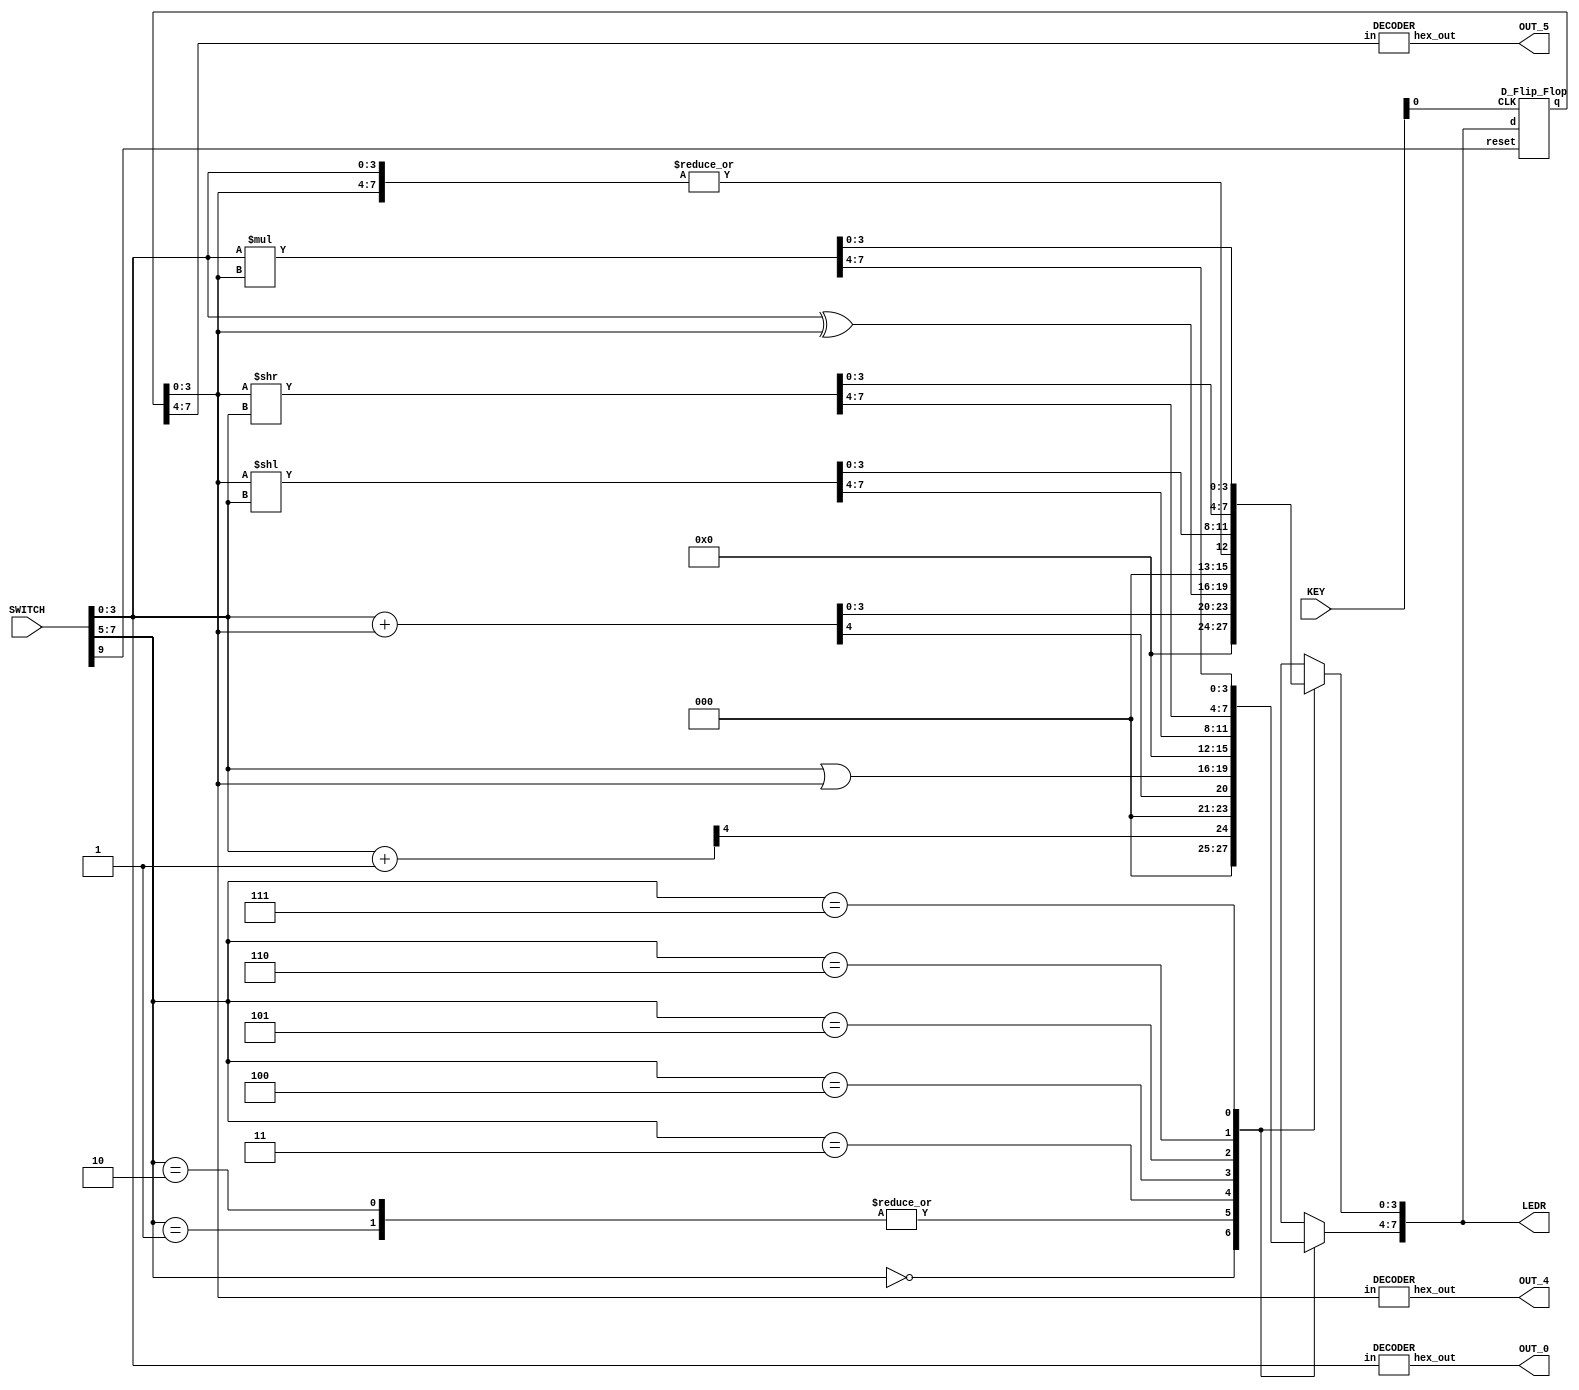
// DISCLAIMER: A lot of the code is taken from ALU.v 

module ALU_REG(SWITCH, KEY, LEDR, OUT_0, OUT_4, OUT_5);
	input [9:0] SWITCH;
	input [3:0] KEY;
	
	output [7:0] LEDR;
	output [6:0] OUT_0; // NOTE TO YOURSELF : Displays A
	output [6:0] OUT_4;
	output [6:0] OUT_5;
	
	wire [4:0] cable1; // The size is bigger (ie. 5 BITS) because it may or may not have to carry the carry-over bit (Just a precaution)
	wire [4:0] cable2;
	wire [4:0] cable3;
	wire [7:0] out_of_ALU; // Stores the output of the ALU
	wire [7:0] out_of_REG; // Stores the Register output
	
	reg [7:0] out;
	reg [3:0] a, b; //Temporary output variables, 4 bits each, will combine to make 8 bit output
	reg [7:0] out_0, out_1, out_5, out_6, out_7; 
	
	assign LEDR[7:0] = out_of_ALU[7:0]; // Initializing the two above and assigning them here

	// Case 0 : Do A + 1
	Adder4 A4_1(
		.X(SWITCH[7:4]), .Y(4'b0001), .out(cable1)); // Input from X and 1 are combined and sent through cable1
	
	// Case 1 : Do A + B
	Adder4 A4_2(
		.X(SWITCH[7:4]), .Y(SWITCH[3:0]), .out(cable2)); // Input from X and Y are added and sent through cable2
	
	// Case 2 : Do A + B using Verilog + Operator. Creating another Module for this. BRB.
	VerilogPlus caseone(
		.x(SWITCH[7:4]), .y(SWITCH[3:0]), .sum(cable3)); // Similar to Case 1. Input from X and Y is taken and added and sent through cable3
	
	always @(*)
	begin
		case (SWITCH[7:5])
	// NOTE: This weird method is done because the instructions state an 8 BIT Output
			3'b000: 
			begin // Case 0: Performs A+1. 
				out_0 = SWITCH[3:0] + 4'b0001;
				// Stores the output in a. Allocating 0 to b because this takes only 1 value
				a = out_0[7:4];
				b = 4'b0000;
			end			
			3'b001:
			begin // Case 1: Performs A + B 
				out_1 = SWITCH[3:0] + out_of_REG[3:0];
				a = out_1[7:4];
				b = out_1[3:0];
			end		
			3'b010: 
			begin // Case 2: Performs A+B using + in Verilog
				out_1 = SWITCH[3:0] + out_of_REG[3:0];
				a = out_1[7:4];
				b = out_1[3:0];
			end	
			3'b011: 
			begin // Case 3: A XOR B in the lower 4 bits | A OR B in the upper four bits
				b = SWITCH[3:0] ^ out_of_REG[3:0];
				a = SWITCH[3:0] | out_of_REG[3:0];
			end	
			3'b100: 
			begin //Case 4: Output is the input
				a = 4'b0000;
				b = {3'b000,| {SWITCH[3:0], out_of_REG[3:0]}};
			end	
			3'b101: 
			begin //Case 5 : Left Shift b by a bits
				out_5 = out_of_REG[3:0] << SWITCH[3:0];
				a = out_5[7:4];
				b = out_5[3:0];			
			end		
			3'b110: 
			begin //Case 6 : Right Shift B by A bits
				out_6 = (out_of_REG[3:0] >> SWITCH[3:0]);
				a = out_6[7:4];
				b = out_6[3:0];
			end		
			3'b111: 
			begin //Case 7 : Multlplier using * operator
				out_7[7:0] = (SWITCH[3:0] * out_of_REG[3:0]);
				a = out_7[7:4];
				b = out_7[3:0];
			end
			default: 
			begin
				a = 4'b0000; 
				b = 4'b0000;
			end
		endcase
	end
	
	// Combining the a and b outputs in a single 8Bit output
	assign out_of_ALU[7:0] = {a[3:0], b[3:0]};
	// Create a register object. This a new Addition to this code
	D_Flip_Flop d0(.d(out_of_ALU[7:0]), .CLK(KEY[0]), .reset(SWITCH[9]), .q(out_of_REG[7:0]));
	
	// Defining Seven HEX decoder here. BRB creating the module.
	// Code below performs the calculations and displays A and B and Outputs.
	DECODER one(
			.in(SWITCH[3:0]), .hex_out(OUT_0[6:0]));

	DECODER five(
			.in(out_of_REG[3:0]), .hex_out(OUT_4[6:0]));
		
	DECODER six(
			.in(out_of_REG[7:4]), .hex_out(OUT_5[6:0]));	
			
endmodule

// Flip Flock Module that emulates a D Flip Flop Regsiter
module D_Flip_Flop(d, CLK, reset, q);
	input [7:0] d;
	input CLK;
	input reset;
	
	output [7:0] q;
	
	reg [7:0] q;
	
	always @(posedge CLK)
	begin
		if (reset == 1'b0)
			q <= 8'd0;
		else
			q <= d;
	end
endmodule

// Module Same as Part II
module fullAdder4(x, y, c_in, sum, c_out);
	input x, y, c_in;
	output c_out, sum;
	
	assign sum = x ^ y ^ c_in;
	assign c_out = (x & y) | (c_in & (x^y));

endmodule

// Module Same as Part II
module Adder4(X, Y, out);
	input [3:0] X;
	input [3:0] Y;
	output [4:0]out;
	
	wire [2:0] wre;

	fullAdder4 Adder_1(
		.x(X[0]), .y(Y[0]), .c_in(1'b0), .sum(out[0]),.c_out(wre[0])
	);

	fullAdder4 Adder_2(
		.x(X[1]), .y(Y[1]), .c_in(wre[0]), .sum(out[1]), .c_out(wre[1])
	);

	fullAdder4 FA3(
		.x(X[2]), .y(Y[2]), .c_in(wre[1]), .sum(out[2]), .c_out(wre[2])
	);

	fullAdder4 FA4(
		.x(X[3]), .y(Y[3]), .c_in(wre[2]), .sum(out[3]), .c_out(out[4])
	);
endmodule

// Verilog Module for Case 2
module VerilogPlus(x, y, sum);

		// Standard Inputs of 4 BITS
		input [3:0] x;
		input [3:0] y;
		
		// Standard Output of 4 BITS
		output [4:0] sum;
		
		assign sum[4:0] = x + y; // Where the magic happens

endmodule

// Seven HEX Decoder Module Defined here
module DECODER(in, hex_out);
	input [3:0]in;
	output [6:0]hex_out;
	
	// Hoping I typed everthing out correctly
	assign hex_out[0] = (~in[3] & ~in[2] & ~in[1] & in[0])| (in[3] & ~in[2] & in[1] & in[0]) 
	| (~in[3] & in[2] & ~in[1] & ~in[0]) | (in[3] & in[2] & ~in[1] & in[0]);
	
	assign hex_out[1] = (in[3] & in[1] & in[0]) | (in[2] & in[1] & ~in[0]) | 
	(~in[3] & in[2] & ~in[1] & in[0]) | (in[3] & in[2] & ~in[1] & ~in[0]);
	
	assign hex_out[2] = (in[3] & in[2] & ~in[1] & ~in[0])|(in[3] & in[2] & in[1]) 
	| (~in[3] & ~in[2] & in[1] & ~in[0]);
	
	assign hex_out[3] = (~in[2] & ~in[1] & in[0]) | (in[2] & in[1] & in[0]) 
	| (in[3] & ~in[2] & in[1] & ~in[0]);
	
	assign hex_out[4] = (~in[2] & ~in[1] & in[0]) | (~in[3] & in[2] & ~in[1])
	| (~in[3] & in[1] & in[0]);
	
	assign hex_out[5] = (~in[3] & ~in[2] & in[0]) | (in[3] & in[2] & ~in[1] & in[0])
	| (~in[3] & ~in[2] & in[1]) | (~in[3] & in[1] & in[0]);
	
	assign hex_out[6] = (in[3] & in[2] & ~in[1] & ~in[0]) | (~in[3] & ~in[2] & ~in[1])
	| (~in[3] & in[2] & in[1] & in[0]);
		
endmodule